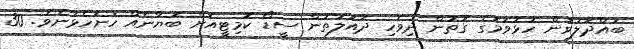
ބައްދަލުވުން ހުޅުވުުމުގެ ގޮތުން ދިވެހި ދައުލަތުން ސީޑޯ ކޮމިޓީއަށް ބަޔާނެއް ހުށަހެޅުނެވެ. 30